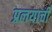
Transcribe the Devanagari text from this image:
प्रलयाची